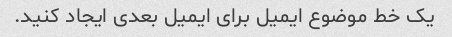
یک خط موضوع ایمیل برای ایمیل بعدی ایجاد کنید.